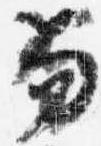
笏